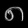
Digit: ၈